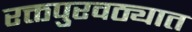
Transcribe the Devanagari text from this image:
रक्तपुरवठ्यात